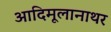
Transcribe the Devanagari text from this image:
आदिमूलानाथर